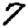
Digit: 7